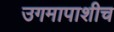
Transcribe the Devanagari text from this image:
उगमापाशीच